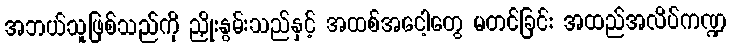
အဘယ်သူဖြစ်သည်ကို ညှိုးနွမ်းသည်နှင့် အထစ်အငေါ့တွေ မတင်ခြင်း အထည်အလိပ်ကဏ္ဍ